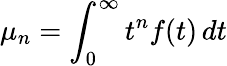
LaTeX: \mu_{n}=\int_{0}^{\infty}t^{n}f(t)\, dt